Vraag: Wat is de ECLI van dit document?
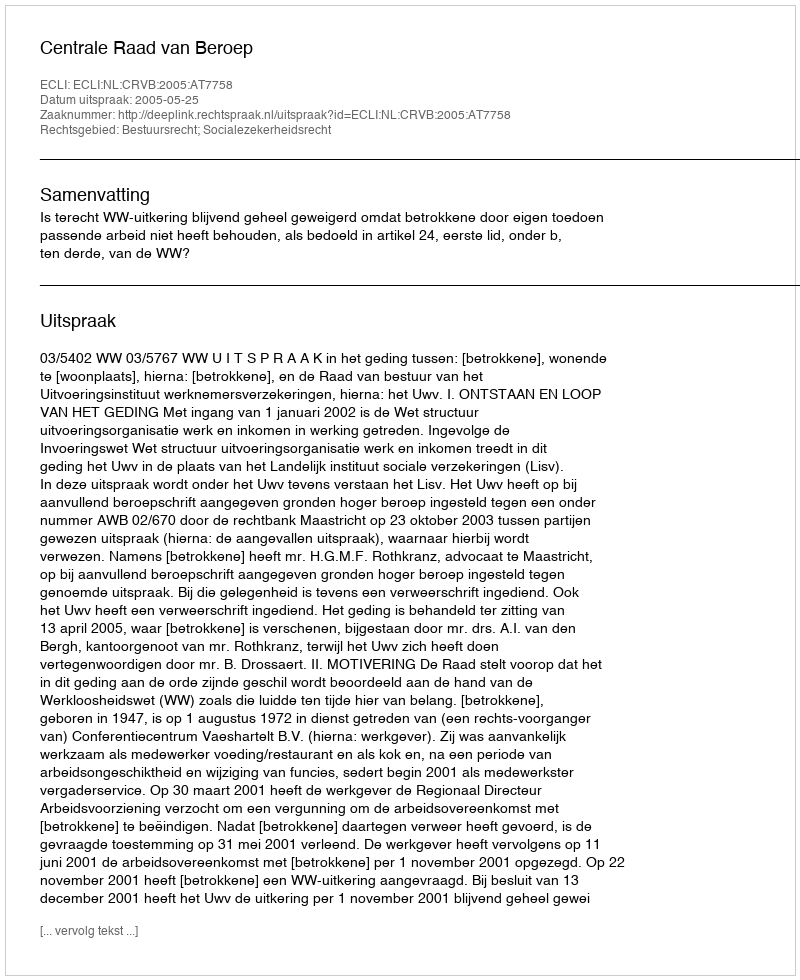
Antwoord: ECLI:NL:CRVB:2005:AT7758